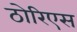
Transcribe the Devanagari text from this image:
ठोरिएस